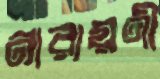
নারায়ণী